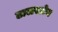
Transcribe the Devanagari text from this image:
टालस्टोय